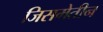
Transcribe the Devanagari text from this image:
जिसमेतीन